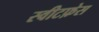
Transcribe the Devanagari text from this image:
स्वीटफ़ेस